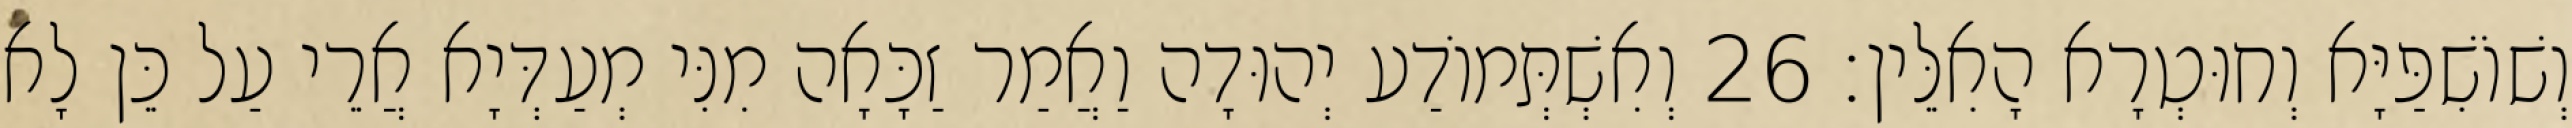
וְשׁוֹשִׁפַּיָּא וְחוּטְרָא הָאִלֵּין׃ 26 וְאִשְׁתְּמוֹדַע יְהוּדָה וַאֲמַר זַכָּאָה מִנִּי מְעַדְּיָא אֲרֵי עַל כֵּן לָא